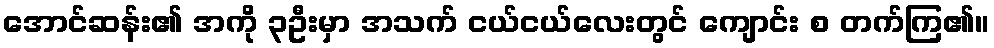
အောင်ဆန်း၏ အကို ၃ဦးမှာ အသက် ငယ်ငယ်လေးတွင် ကျောင်း စ တက်ကြ၏။